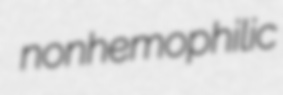
nonhemophilic